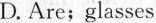
D. Are; glasses